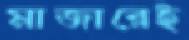
মাজারেই